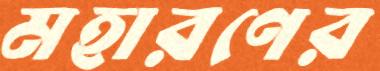
মহারণের